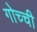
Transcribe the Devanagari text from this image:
गोच्ची